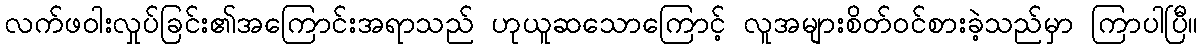
လက်ဖဝါးလှုပ်ခြင်း၏အကြောင်းအရာသည် ဟုယူဆသောကြောင့် လူအများစိတ်ဝင်စားခဲ့သည်မှာ ကြာပါပြီ။